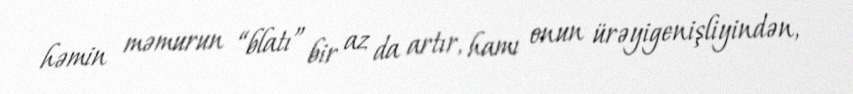
həmin məmurun “blatı” bir az da artır, hamı onun ürəyigenişliyindən,